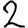
Digit: 2